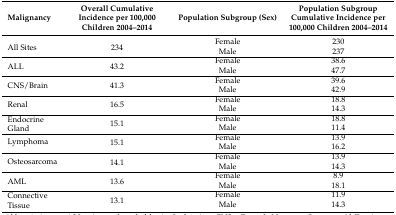
| Malignancy | Overall Cumulative Incidence per 100,000 Children 2004–2014 | Population Subgroup (Sex) | Population Subgroup Cumulative Incidence per 100,000 Children 2004–2014 |
 | --- | --- | --- | --- |
 | <ROWSPAN=2> All Sites | <ROWSPAN=2> 234 | Female | 230 |
 | Male | 237 |
 | <ROWSPAN=2> ALL | <ROWSPAN=2> 43.2 | Female | 38.6 |
 | Male | 47.7 |
 | <ROWSPAN=2> CNS/Brain | <ROWSPAN=2> 41.3 | Female | 39.6 |
 | Male | 42.9 |
 | <ROWSPAN=2> Renal | <ROWSPAN=2> 16.5 | Female | 18.8 |
 | Male | 14.3 |
 | <ROWSPAN=2> Endocrine Gland | <ROWSPAN=2> 15.1 | Female | 18.8 |
 | Male | 11.4 |
 | <ROWSPAN=2> Lymphoma | <ROWSPAN=2> 15.1 | Female | 13.9 |
 | Male | 16.2 |
 | <ROWSPAN=2> Osteosarcoma | <ROWSPAN=2> 14.1 | Female | 13.9 |
 | Male | 14.3 |
 | <ROWSPAN=2> AML | <ROWSPAN=2> 13.6 | Female | 8.9 |
 | Male | 18.1 |
 | <ROWSPAN=2> Connective Tissue | <ROWSPAN=2> 13.1 | Female | 11.9 |
 | Male | 14.3 |